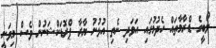
ލޯބީގެ ޑްރާމާތައް ހެދުމުގައި އަވަދި ނެތި އުޅުނު ޔާރާ ޕްރޮޑަކްޝަނުން ވެސް މިވަނީ